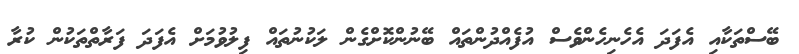
ބޭސްތަކާއި އެފަދަ އެހެނިހެންވެސް އުފެއްދުންތައް ބޭނުންކޮށްގެން ލަކުނުތައް ފިލުވުމަށް އެފަދަ ފަރާތްތަކުން ކުރާ